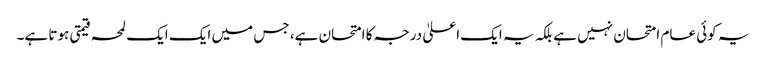
یہ کوئی عام امتحان نہیں ہے بلکہ یہ ایک اعلیٰ درجہ کا امتحان ہے، جس میں ایک ایک لمحہ قیمتی ہوتا ہے۔